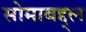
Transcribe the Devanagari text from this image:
सोमाबद्द्ल